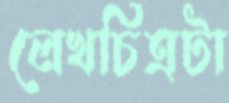
লেখচিত্রটা